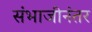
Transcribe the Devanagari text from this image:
संभाजीनंतर